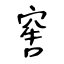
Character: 窖